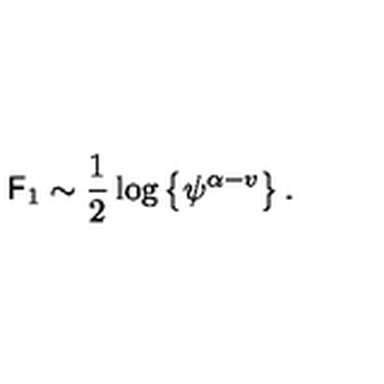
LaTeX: { { \sf F } _ { 1 } } \sim \frac { 1 } { 2 } \log \left\{ { \psi ^ { \alpha - v } } \right\} .